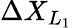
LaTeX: \Delta X_{L_{1}}